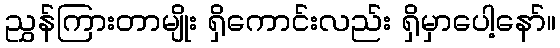
ညွှန်ကြားတာမျိုး ရှိကောင်းလည်း ရှိမှာပေါ့နော်။